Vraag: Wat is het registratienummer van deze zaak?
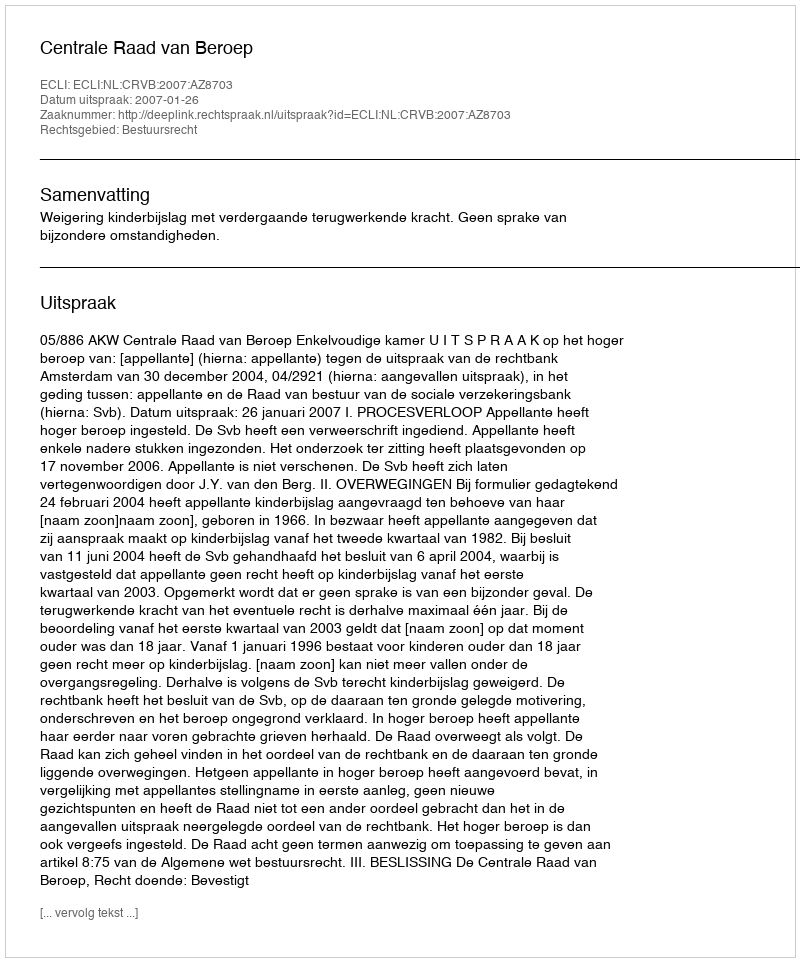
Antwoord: http://deeplink.rechtspraak.nl/uitspraak?id=ECLI:NL:CRVB:2007:AZ8703